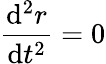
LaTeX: {\frac{\mathrm{d}^{2}r}{\mathrm{d}t^{2}}}=0